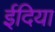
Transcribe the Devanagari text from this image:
ईदिया